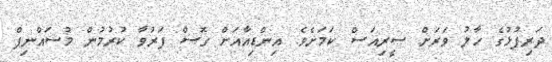
ދަރިފުޅުގެ ހާލު ވަރަށް ސީރިއަސް ކަމަށެވެ. އިންޑިއާއަށް ގޮސް ފަރުވާ ކުރުމުން މުސައްނިފް